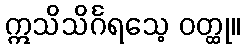
ဣသိသိင်္ဂရသေ့ ဝတ္ထု။